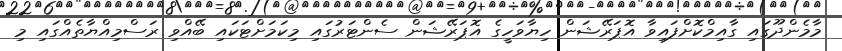
މާމެންދޫގައި ގާއިމްކޮށްފައިވާ އޮޕަރޭޝަން ހިޔާވަހީގެ އޮޕަރޭޝަން ސެންޓަރުގައި މިކަމަށްޓަކައި ބޭއްވި ރަސްމިއްޔާތެއްގައި މި